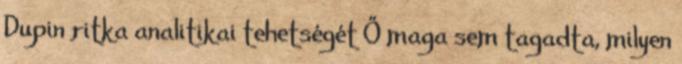
Dupin ritka analitikai tehetségét Ő maga sem tagadta, milyen